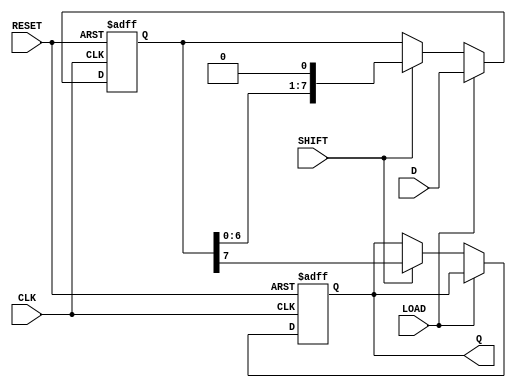
module PISO_Register #(
    parameter WIDTH = 8  // Define the width of the register
)(
    input wire [WIDTH-1:0] D,    // Parallel data input
    input wire LOAD,              // Load control signal
    input wire SHIFT,             // Shift control signal
    input wire CLK,               // Clock signal
    input wire RESET,             // Asynchronous reset signal
    output reg Q                 // Serial output
);

    // Internal register to hold the data
    reg [WIDTH-1:0] shift_reg;

    always @(posedge CLK or posedge RESET) begin
        if (RESET) begin
            // Asynchronous reset: clear the shift register
            shift_reg <= {WIDTH{1'b0}};
            Q <= 1'b0; // Clear the serial output
        end else begin
            if (LOAD) begin
                // Load data into the shift register
                shift_reg <= D;
            end else if (SHIFT) begin
                // Shift data out serially
                Q <= shift_reg[WIDTH-1]; // Output the MSB
                shift_reg <= {shift_reg[WIDTH-2:0], 1'b0}; // Shift left
            end
            // If neither LOAD nor SHIFT is asserted, do nothing
        end
    end

endmodule